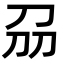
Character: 刕